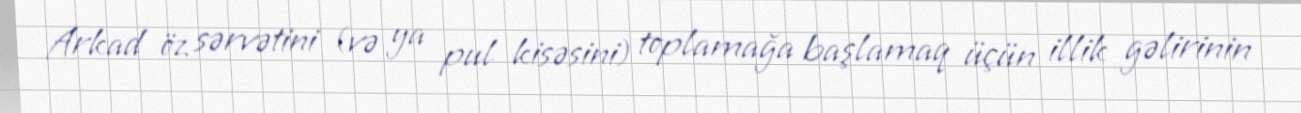
Arkad öz sərvətini (və ya pul kisəsini) toplamağa başlamaq üçün illik gəlirinin